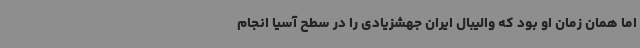
اما همان زمان او بود که والیبال ایران جهشزیادی را در سطح آسیا انجام